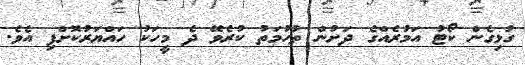
ގުޅިގެން ކޯޓު އަމުރެއްގެ ދަށުން ތުހުމަތު ކުރެވޭ ދެ މީހަކު ހައްޔަރުކޮށްފި އެވެ.